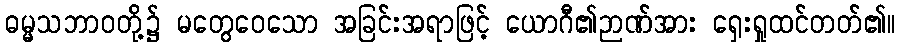
ဓမ္မသဘာဝတို့၌ မတွေဝေသော အခြင်းအရာဖြင့် ယောဂီ၏ဉာဏ်အား ရှေးရှုထင်တတ်၏။